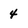
Character: 4